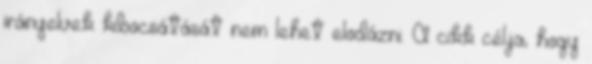
irányelvek kibocsátását nem lehet elodázni. A cikk célja, hogy